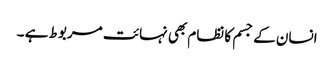
انسان کے جسم کا نظام بھی نہائت مربوط ہے ۔